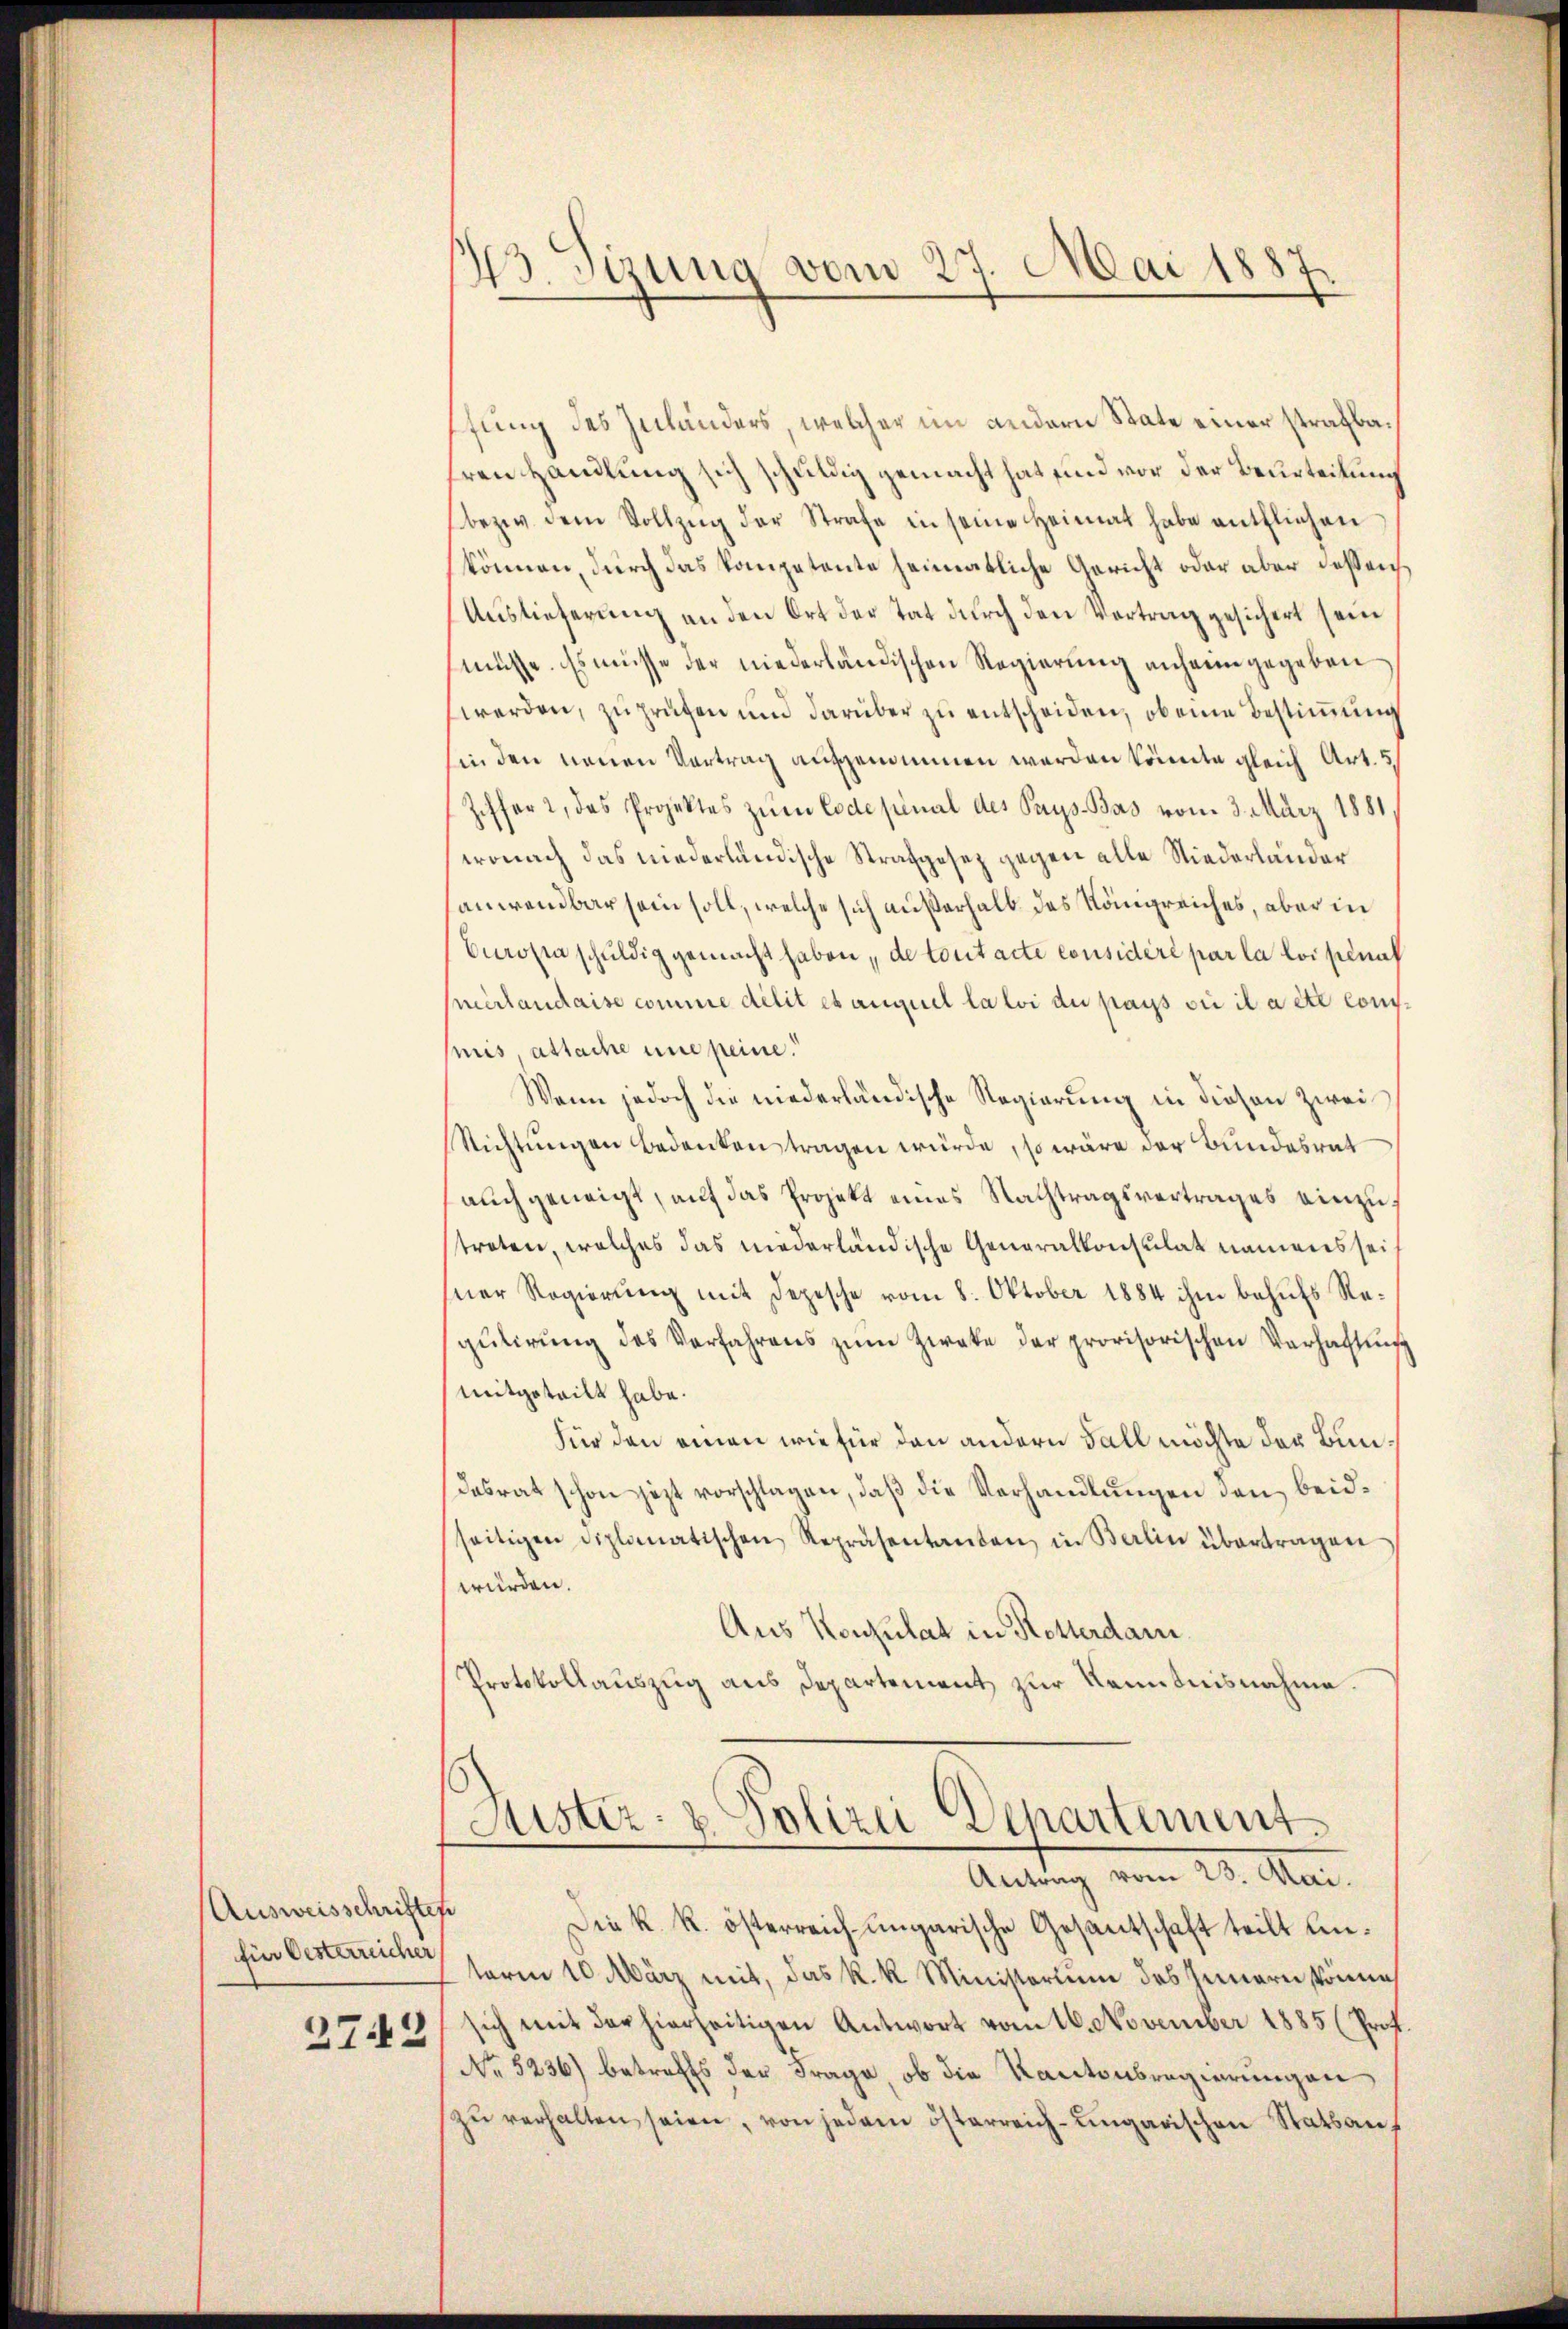
Ausweisschriften
für Oesterreicher

27.2

43. Sizung vom 27. Mai 1887

ffung des Zuländers, welcher im andern State einer strafbahren Handlung sich schuldig gemacht hat und vor der Beurteilung
bezw. dem Vollzŭg der Strafe in seine Heimat habe entfliehen
können, durch das kompetente heimatliche Gericht oder aber deßenh
Auslieferung an den Ort der tat durch den Vertrag gesichert sein
müsse. Es müsse der niederländischen Regierung anheim gegeben
werden, zu prüfen und darüber zu entscheiden, ob eine Bestimmung
hin den neuen Vertrag aufgenommen werden könnte gleich Art. 5,
Ziffer, das Projektes zum Codepinal des Pays-Bas vom 3. März 1881,
wonach das niederländische Strafgesez gegen alle Niederländer
sanwendbar sein soll, welche sich außerhalb des Königreiches, aber in
Cerosen schuldig gemacht haben, de tout acte considère par la loi penal
mertaudaise comme délit et auquel la loi du pays sie il a été conmis, attache une peine.
Wenn jedoch die niederländische Regierung in diesen zwei
Richtungen bedenken tragen würde, so wäre der Bundesrat
auch geneigt, auf das Projekt eines Nachtragsvertrages einzustreten, welches das niederländische Generalkonsulat namens sei
sner Regierŭng mit Depesche vom 8. Oktober 1884 ihm behufs Regŭtirŭng des Verfahrens zŭm Zweke der provisorischen Verhaltŭng
mitgeteilt habe.
Für den einen wie für den andern Fall möchte der Bun¬
Dasrat schon jezt vorschlagen, daß die Verhandlungen den beidseitigen Diplomatischen Repräsentanten in Berlin übertragen
würden.
Aus Konsulat in Rotterdam.
Protokollauszug aus Departement zur Kenntnisnahme.
Sistiz- & Polizei Departement¬
Antrag vom 23. Mai.
Die k. k. österreich ungarische Gesantschaft teilt unteren 10. März mit, das k. k. Ministerium des Innern könne
sich mit der hierseitigen Antwort vom 16. November 1885 (Prof.
No 5236) betreffs der Frage, ob die Kantonsregierungen
zŭ verhalten seien, von jedem österreich-ungarischen Statsan¬